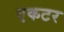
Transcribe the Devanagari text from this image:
एकटर